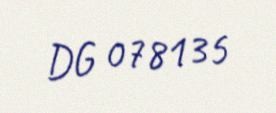
DG 078135